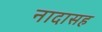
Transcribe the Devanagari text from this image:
नादासह